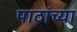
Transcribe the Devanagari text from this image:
पाठांच्या